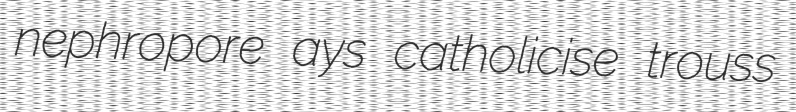
nephropore ays catholicise trouss